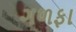
ગળફા